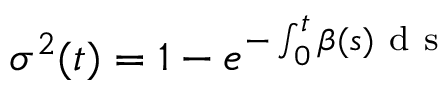
\sigma ^ { 2 } ( t ) = 1 - e ^ { - \int _ { 0 } ^ { t } \beta ( s ) \mathrm { ~ d ~ s ~ } }